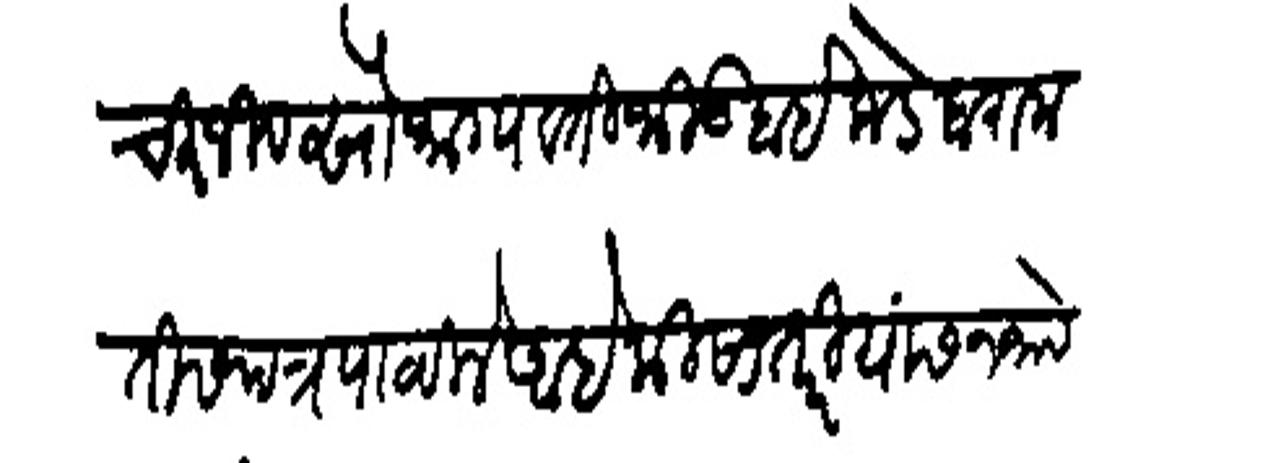
Transliteration (Devanagari): चिरंजीव सौभाग्यवती भिकबाईफडे बारामतीस पत्र पाठविले आहे की सातारियांस न जाये